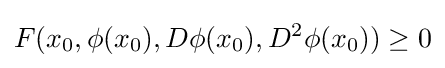
F(x_{0},\phi (x_{0}),D\phi (x_{0}),D^{2}\phi (x_{0}))\geq 0